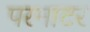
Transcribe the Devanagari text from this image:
परमाटर